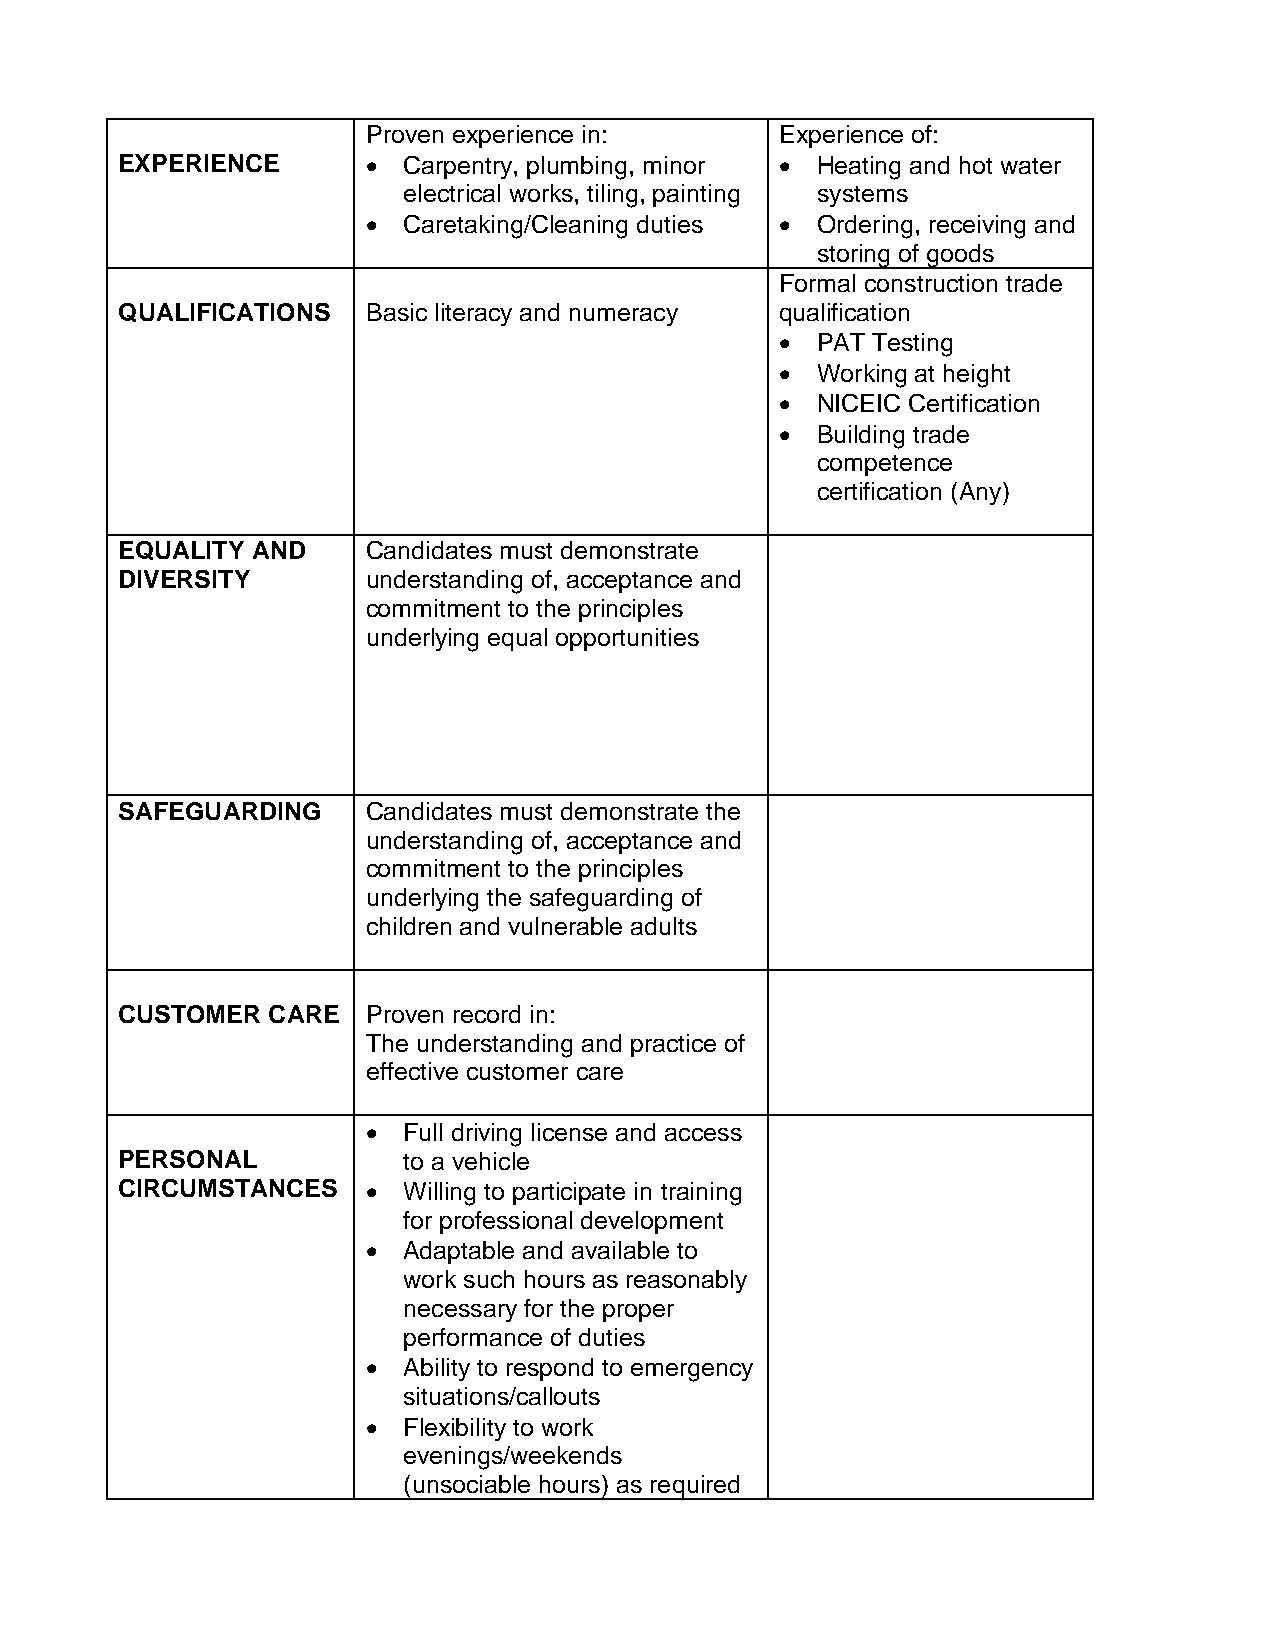
Proven experience in:       Experience of:
 EXPERIENCE      •  Carpentry, plumbing, minor • Heating and hot water
 electrical works, tiling, painting systems
 •  Caretaking/Cleaning duties • Ordering, receiving and
 storing of goods
 Formal construction trade
 QUALIFICATIONS  Basic literacy and numeracy qualification
 • PAT Testing
 • Working at height
 • NICEIC Certification
 • Building trade
 competence
 certification (Any)
 EQUALITY AND    Candidates must demonstrate
 DIVERSITY       understanding of, acceptance and
 commitment to the principles
 underlying equal opportunities
 SAFEGUARDING    Candidates must demonstrate the
 understanding of, acceptance and
 commitment to the principles
 underlying the safeguarding of
 children and vulnerable adults
 CUSTOMER  CARE  Proven record in:
 The understanding and practice of
 effective customer care
 •  Full driving license and access
 PERSONAL           to a vehicle
 CIRCUMSTANCES   •  Willing to participate in training
 for professional development
 •  Adaptable and available to
 work such hours as reasonably
 necessary for the proper
 performance of duties
 •  Ability to respond to emergency
 situations/callouts
 •  Flexibility to work
 evenings/weekends
 (unsociable hours) as required